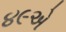
૪૯એ